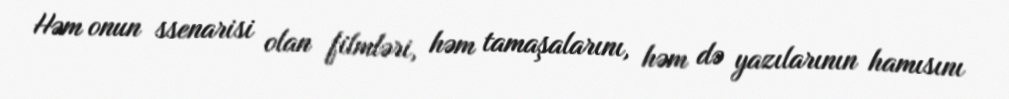
Həm onun ssenarisi olan filmləri, həm tamaşalarını, həm də yazılarının hamısını